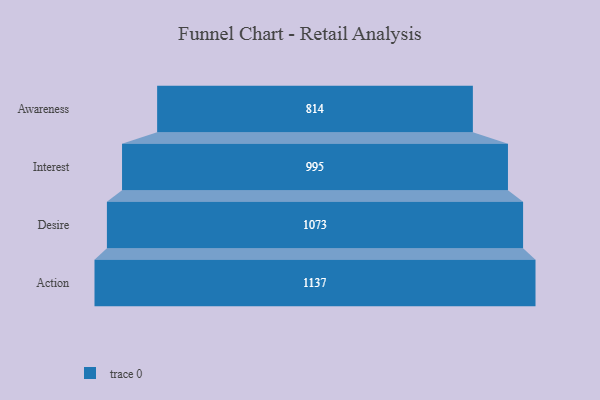
{"axis": {"x": "Stage", "y": "Value"}, "legend": [""], "data": [{"x": "Awareness", "y": 814.0, "type": ""}, {"x": "Interest", "y": 995.0, "type": ""}, {"x": "Desire", "y": 1073.0, "type": ""}, {"x": "Action", "y": 1137.0, "type": ""}]}